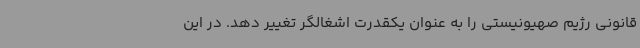
قانونی رژیم صهیونیستی را به عنوان یکقدرت اشغالگر تغییر دهد. در این